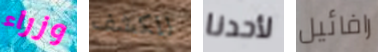
وزراء للكشف لأحدنا رافائيل